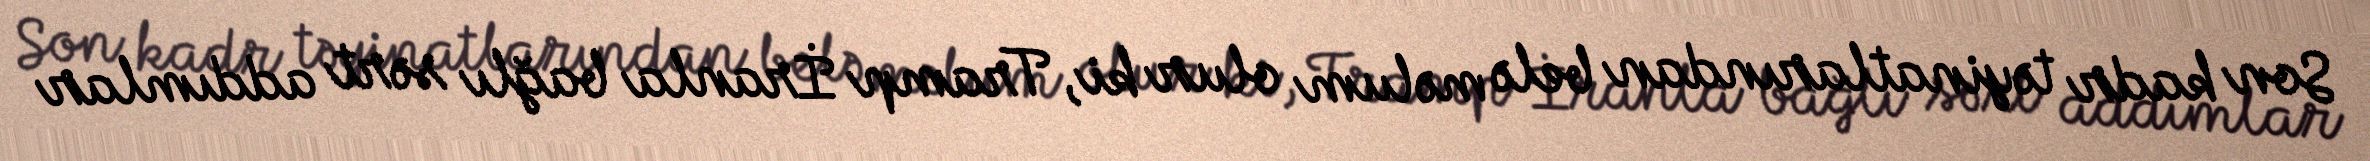
Son kadr təyinatlarından belə məlum olur ki, Tramp İranla bağlı sərt addımlar